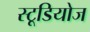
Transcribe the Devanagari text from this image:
स्‍टूडियोज